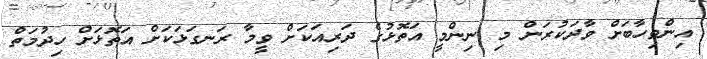
އިންތިހާބަށް ވާދަކުރަން މި ނިންމީ އަތޮޅުގެ ދަރިއަކަށް ވީމާ ރަނގަޅަކަށް އަތޮޅަށް ހިދުމަތް